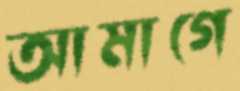
আমাগে